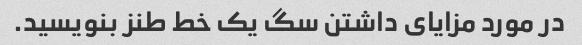
در مورد مزایای داشتن سگ یک خط طنز بنویسید.